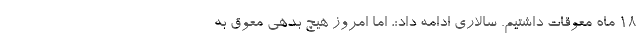
۱۸ ماه معوقات داشتیم. سالاری ادامه داد:، اما امروز هیچ بدهی معوق به